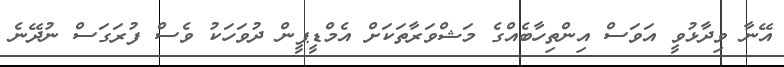
އޭނާ ވިދާޅުވީ އަވަސް އިންތިހާބެއްގެ މަޝްވަރާތަކަށް އެމްޑީޕީން ދުވަހަކު ވެސް ފުރަގަސް ނުދޭނެ